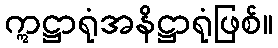
ဣဋ္ဌာရုံအနိဋ္ဌာရုံဖြစ်။